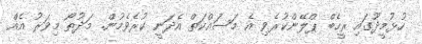
ހުޅުމީދޫގައި ރީހެބް ޕްލޭންކުރެވި އެ މަސައްކަތް އެދަނީ ކުރެވެމުން. މަދުތޯ މިވަރު އެއް